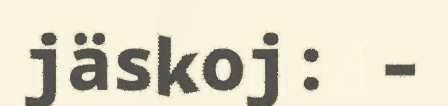
jäskoj: –